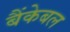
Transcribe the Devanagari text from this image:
बैंकेबल